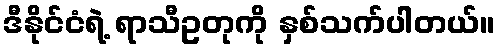
ဒီနိုင်ငံရဲ့ ရာသီဥတုကို နှစ်သက်ပါတယ်။